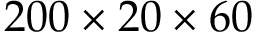
2 0 0 \times 2 0 \times 6 0